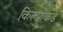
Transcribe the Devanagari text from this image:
किल्याकडे